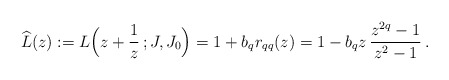
\begin{align*}\widehat L(z) :=L\Bigl(z+\frac1{z}\,; J,J_0\Bigr)=1+b_q r_{qq}(z)=1-b_q z\,\frac{z^{2q}-1}{z^2-1}\,.\end{align*}